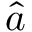
\hat { a }